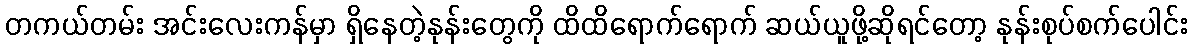
တကယ်တမ်း အင်းလေးကန်မှာ ရှိနေတဲ့နုန်းတွေကို ထိထိရောက်ရောက် ဆယ်ယူဖို့ဆိုရင်တော့ နုန်းစုပ်စက်ပေါင်း